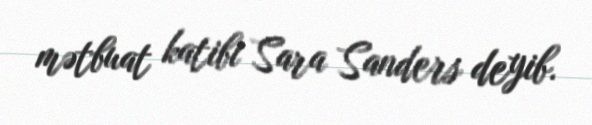
mətbuat katibi Sara Sanders deyib.